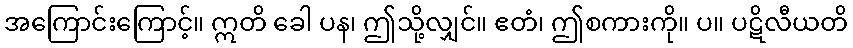
အကြောင်းကြောင့်။ ဣတိ ခေါ ပန၊ ဤသို့လျှင်။ ဧတံ၊ ဤစကားကို။ ပ။ ပဋိလီယတိ